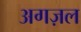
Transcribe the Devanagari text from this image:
अगज़ल